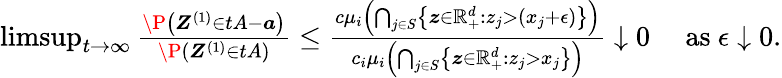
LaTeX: \begin{array}{r}{\operatorname*{limsup}_{t\to\infty}\frac{\P\left(\boldsymbol Z^{(1)}\in tA-\boldsymbol a\right)}{\P(\boldsymbol Z^{(1)}\in tA)}\leq\frac{c\mu_{i}\left(\bigcap_{j\in S}\left\{ \boldsymbol z\in\mathbb{R}_{+}^{d}:z_{j}>(x_{j}+\epsilon)\right\} \right)}{c_{i}\mu_{i}\left(\bigcap_{j\in S}\left\{ \boldsymbol z\in\mathbb{R}_{+}^{d}:z_{j}>x_{j}\right\} \right)}\downarrow 0\quad\mathrm{~as~}\epsilon\downarrow 0.}\end{array}